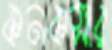
কনকসার